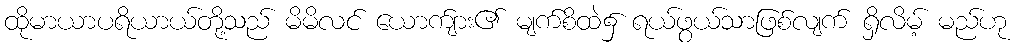
ထိုမာယာပရိယာယ်တို့သည် မိမိလင် ယောက်ျား၏ မျက်စိထဲ၌ ရယ်ဖွယ်သာဖြစ်လျက် ရှိလိမ့် မည်ဟု